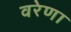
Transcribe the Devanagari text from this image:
वरेणा